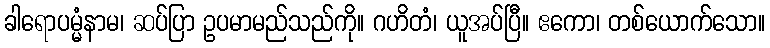
ခါရောပမ္မံနာမ၊ ဆပ်ပြာ ဥပမာမည်သည်ကို။ ဂဟိတံ၊ ယူအပ်ပြီ။ ဧကော၊ တစ်ယောက်သော။